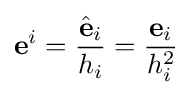
\mathbf {e} ^{i}={\frac {{\hat {\mathbf {e} }}_{i}}{h_{i}}}={\frac {\mathbf {e} _{i}}{h_{i}^{2}}}